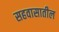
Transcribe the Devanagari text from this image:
सहवासातील